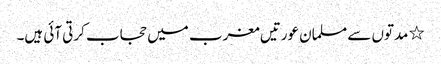
٭ مدتوں سے مسلمان عورتیں مغرب میں حجاب کرتی آئی ہیں۔